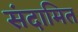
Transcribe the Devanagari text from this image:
संदामित